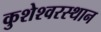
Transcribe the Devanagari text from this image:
कुशेश्वरस्थान